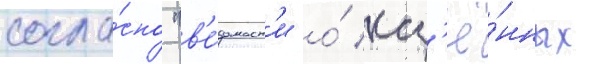
согла́сно "в'е́домост'и о́ каз'ё́нных